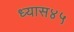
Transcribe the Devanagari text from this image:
ध्यास४५